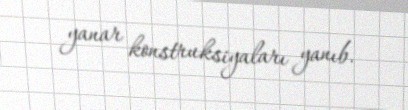
yanar konstruksiyaları yanıb.